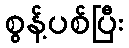
စွန့်ပစ်ပြီး